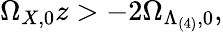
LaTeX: \Omega_{X,0}z>-2\Omega_{\Lambda_{(4)},0},